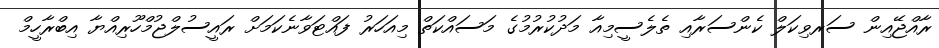
ރާއްޖޭއިން ސަރވިކަލް ކެންސަރާއި ތެލެސީމިއާ މަދުކުރުމުގެ މަސައްކަތް މިއަހަރު ފައްޓަވާނެކަމަށް ރައީސުލްޖުމްހޫރިއްޔާ އިބްރާހީމް